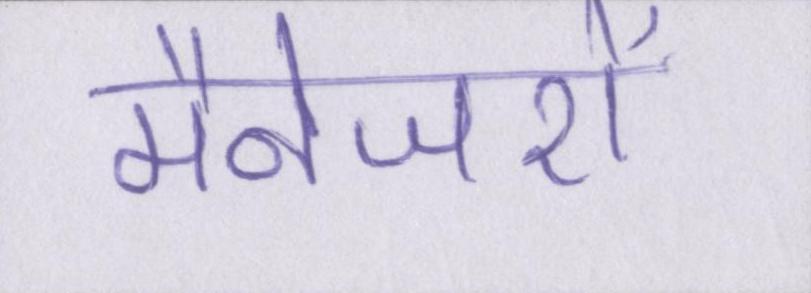
मैनेजरों